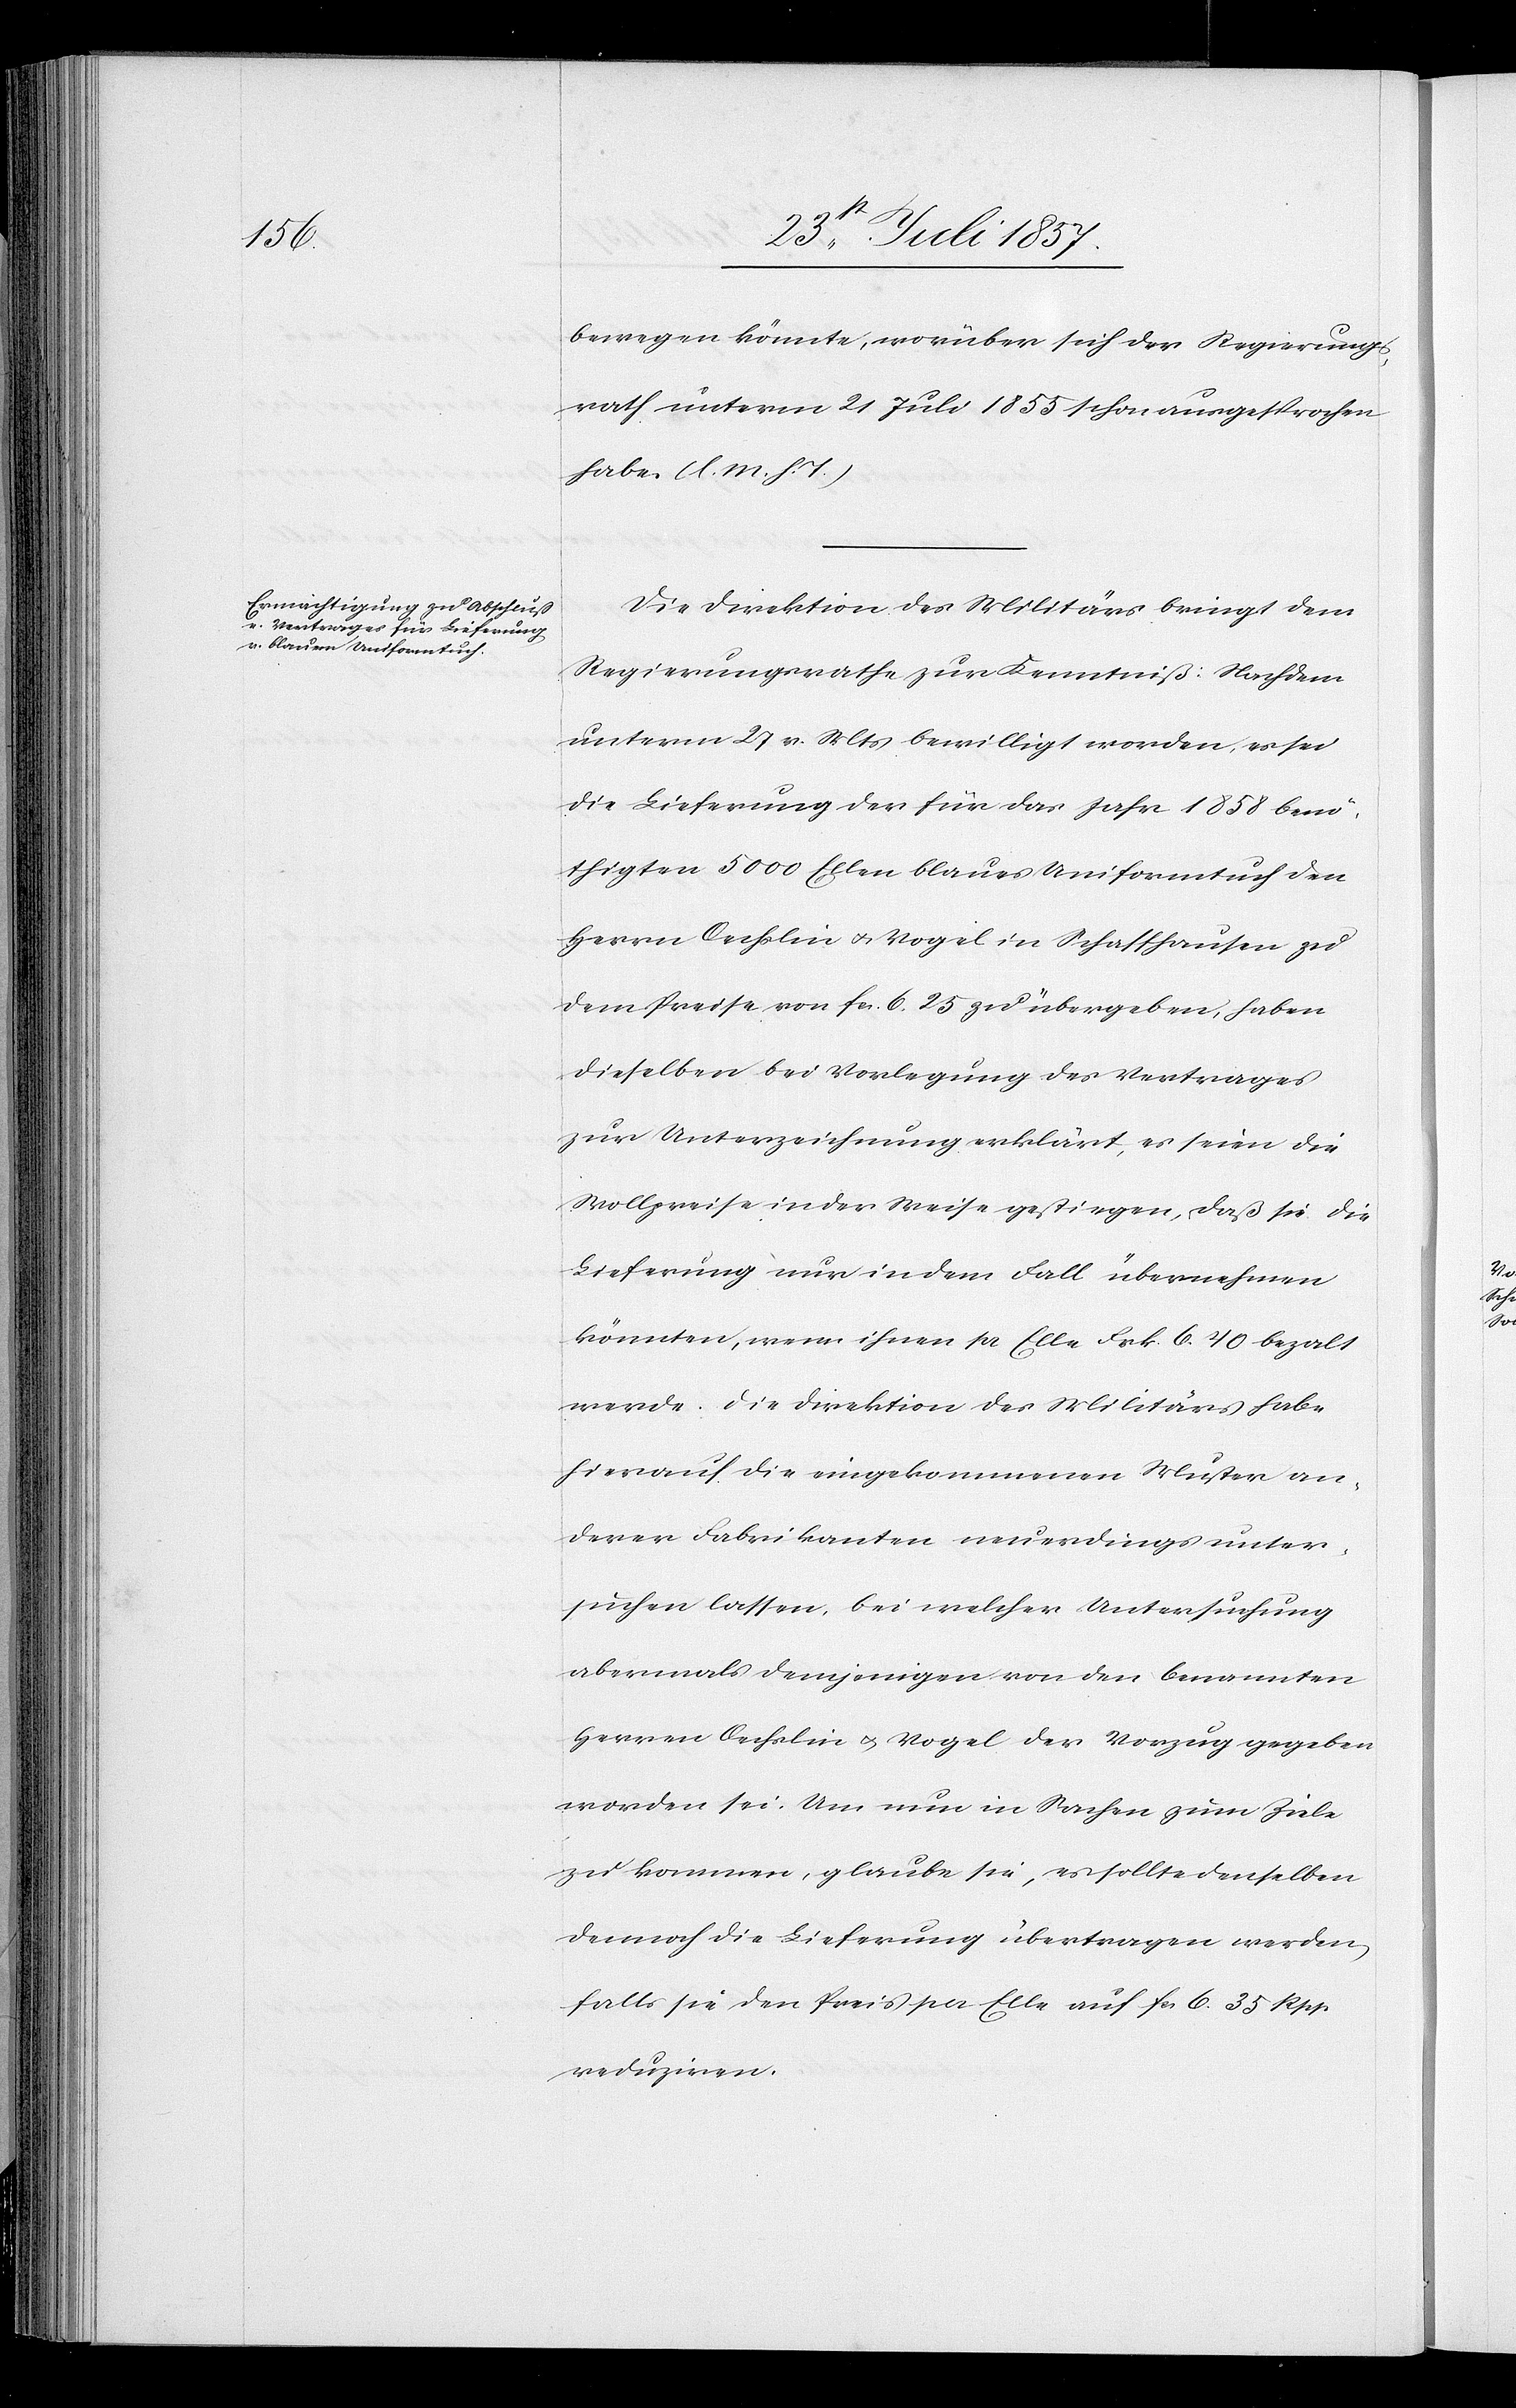
bewegen könnte, worüber sich der Regierungs¬
rath unterm 21 Juli 1855 schon ausgesprochen
habe. [l. M. h.
Die Direktion des Militärs bringt dem
Regierungsrathe zur Kenntniß: Nachdem
unterm 27v. Mts. bewilligt worden, es sei
die Lieferung der für das Jahr 1858 benö¬
thigten 5 000 Ellen blaues Uniformtuch den
Herrn Oechslin & Vogel in Schaffhausen zu
dem Preise von fcs 6. 25 zu übergeben, haben
dieselben bei Verlegung des Vertrages
zur Unterzeichnung erklärt, es seien die
Vollpreise in der Weise gestiegen, daß sie die
Lieferung nur in dem Fall übernehmen
könnten, wenn ihnen pr Elle Frk 6. 40 bezalt
werde. Die Direktion des Militärs habe
hierauf die eingekommenen Muster an¬
derer Fabrikanten neuerdings unter¬
suchen lassen, bei welcher Untersuchung
abermals demjenigen von den benannten
Herren Oechslin & Vogel der Vorzug gegeben
worden sei. Um nun in Sachen zum Ziele
zu kommen, glaube sie, es sollte denselben
dennoch die Lieferung übertragen werden
falls sie den Preis pr Elle auf fcs 6. 35 Rpp.
reduziren.